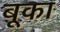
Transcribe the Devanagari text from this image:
बूका